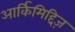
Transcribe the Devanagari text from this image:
आर्किमिद्दिज़